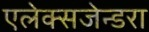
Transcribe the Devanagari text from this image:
एलेक्सजेन्डरा